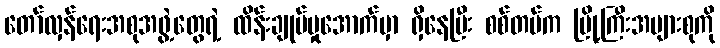
တော်လှန်ရေးအစုအဖွဲ့တွေရဲ့ ထိန်းချုပ်မှုအောက်မှာ ရှိနေပြီး စစ်တပ်က မြို့ကြီးအများစုကို